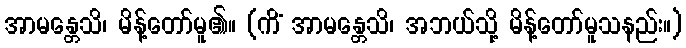
အာမန္တေသိ၊ မိန့်တော်မူ၏။ (ကိံ အာမန္တေသိ၊ အဘယ်သို့ မိန့်တော်မူသနည်း။)